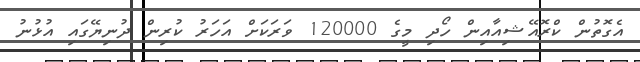
އެގޮތުން ކްރޮއޭޝިއާއިން ހޯދި މީގެ 120000 ވަރަކަށް އަހަރު ކުރިން ދުނިޔޭގައި އުޅުނު